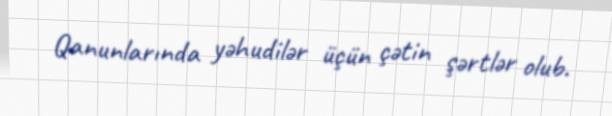
Qanunlarında yəhudilər üçün çətin şərtlər olub.